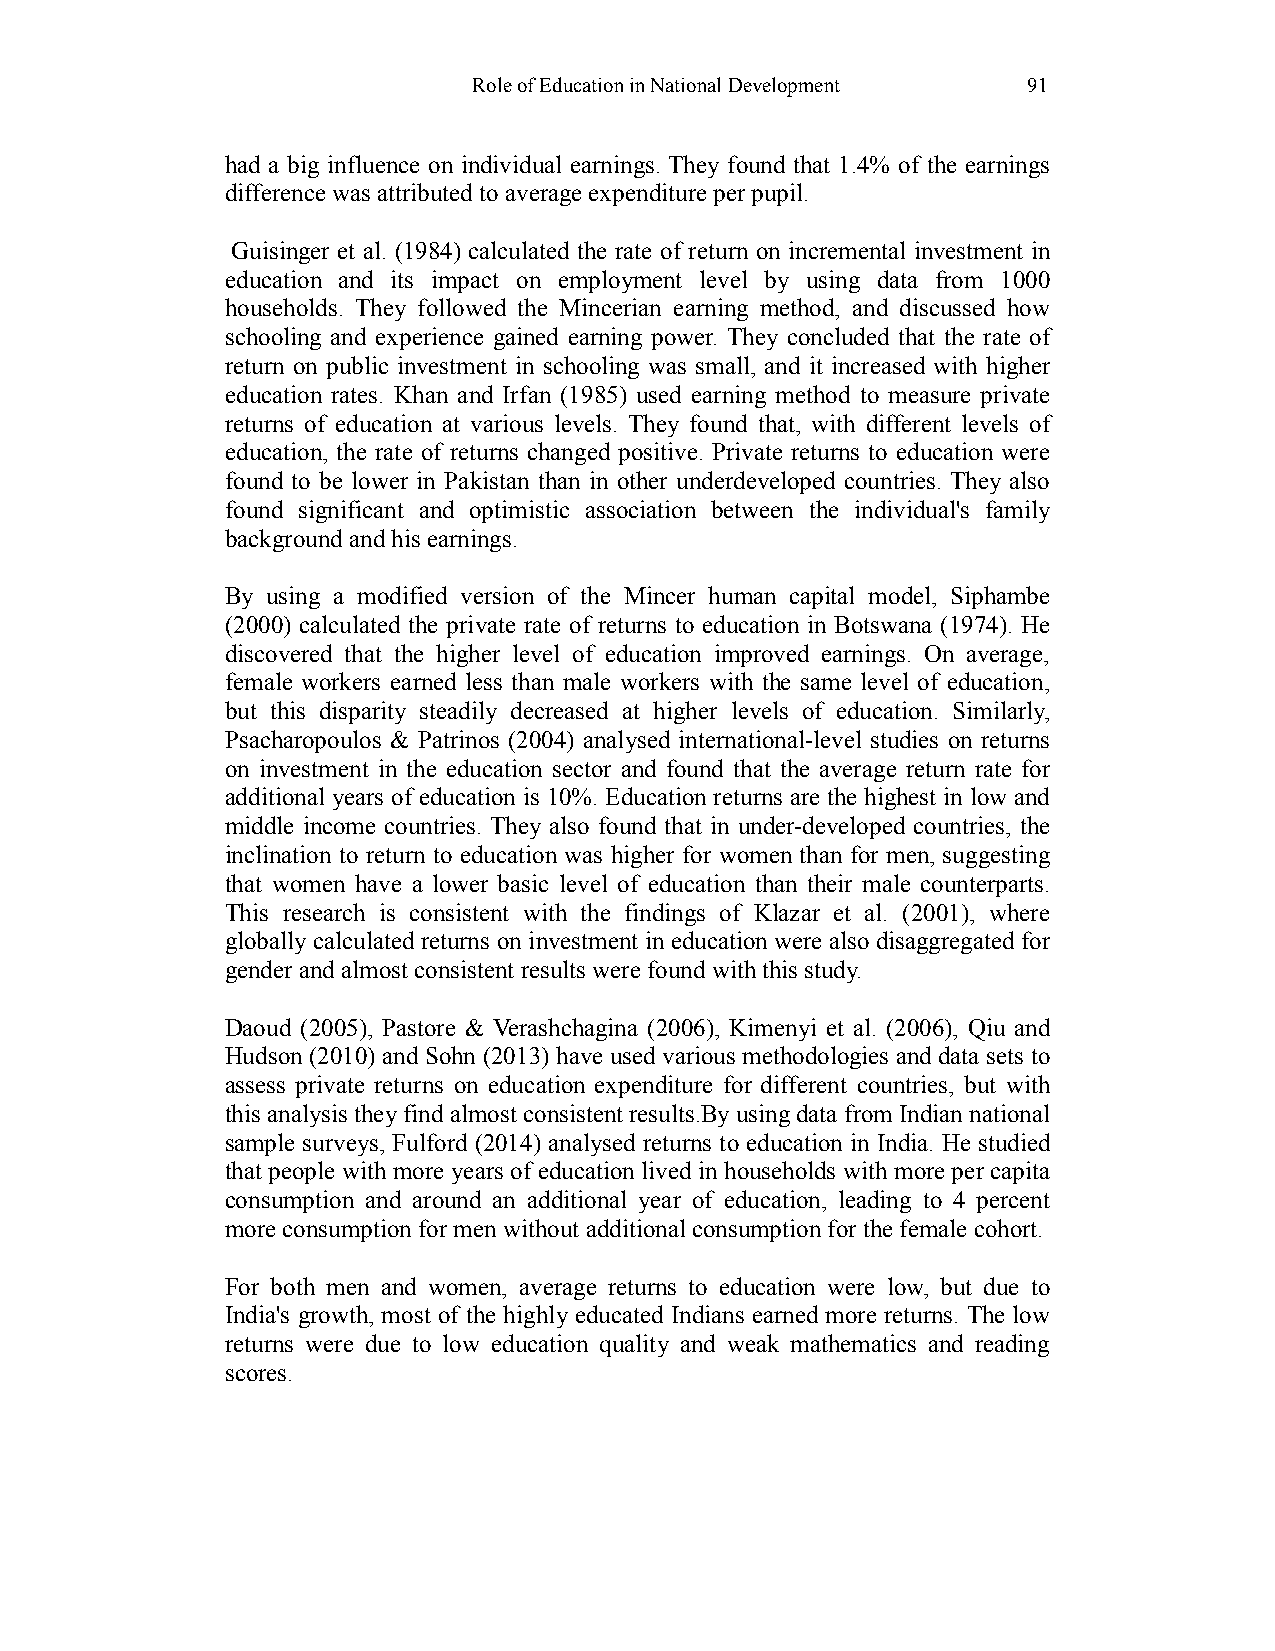
Role of Education in National Development 91
 had a big influence on individual earnings. They found that 1.4% of the earnings
 difference was attributed to average expenditure per pupil.
 Guisinger et al. (1984) calculated the rate of return on incremental investment in
 education and its impact on employment level by using data from 1000
 households. They followed the Mincerian earning method, and discussed how
 schooling and experience gained earning power. They concluded that the rate of
 return on public investment in schooling was small, and it increased with higher
 education rates. Khan and Irfan (1985) used earning method to measure private
 returns of education at various levels. They found that, with different levels of
 education, the rate of returns changed positive. Private returns to education were
 found to be lower in Pakistan than in other underdeveloped countries. They also
 found significant and optimistic association between the individual's family
 background and his earnings.
 By using a modified version of the Mincer human capital model, Siphambe
 (2000) calculated the private rate of returns to education in Botswana (1974). He
 discovered that the higher level of education improved earnings. On average,
 female workers earned less than male workers with the same level of education,
 but this disparity steadily decreased at higher levels of education. Similarly,
 Psacharopoulos & Patrinos (2004) analysed international-level studies on returns
 on investment in the education sector and found that the average return rate for
 additional years of education is 10%. Education returns are the highest in low and
 middle income countries. They also found that in under-developed countries, the
 inclination to return to education was higher for women than for men, suggesting
 that women have a lower basic level of education than their male counterparts.
 This research is consistent with the findings of Klazar et al. (2001), where
 globally calculated returns on investment in education were also disaggregated for
 gender and almost consistent results were found with this study.
 Daoud (2005), Pastore & Verashchagina (2006), Kimenyi et al. (2006), Qiu and
 Hudson (2010) and Sohn (2013) have used various methodologies and data sets to
 assess private returns on education expenditure for different countries, but with
 this analysis they find almost consistent results.By using data from Indian national
 sample surveys, Fulford (2014) analysed returns to education in India. He studied
 that people with more years of education lived in households with more per capita
 consumption and around an additional year of education, leading to 4 percent
 more consumption for men without additional consumption for the female cohort.
 For both men and women, average returns to education were low, but due to
 India's growth, most of the highly educated Indians earned more returns. The low
 returns were due to low education quality and weak mathematics and reading
 scores.